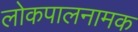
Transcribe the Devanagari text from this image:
लोकपालनामक